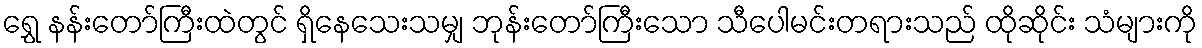
ရွှေ နန်းတော်ကြီးထဲတွင် ရှိနေသေးသမျှ ဘုန်းတော်ကြီးသော သီပေါမင်းတရားသည် ထိုဆိုင်း သံများကို